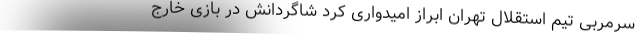
سرمربی تیم استقلال تهران ابراز امیدواری کرد شاگردانش در بازی خارج